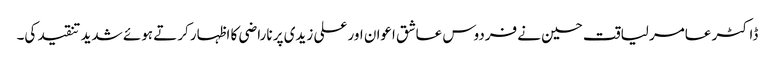
ڈاکٹر عامر لیاقت حسین نے فردوس عاشق اعوان اور علی زیدی پر ناراضی کا اظہار کرتے ہوئے شدید تنقید کی۔